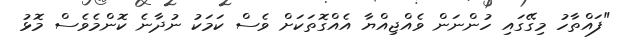
"ފައްތާހު މިގޭގައި ހުންނަން ވެއްޖިއްޔާ އެއްގޮތަކަށް ވެސް ކަމަކު ނުދާނެ ކޮންމެވެސް މޮޅު